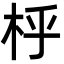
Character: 㭔